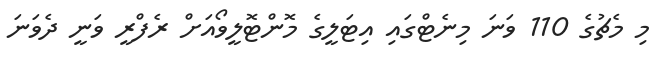
މި މެޗުގެ 110 ވަނަ މިނެޓްގައި އިޓަލީގެ މޮންޓޮލީވޯއަށް ރެފްރީ ވަނީ ދެވަނަ